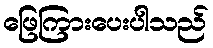
ဖြေကြားပေးပါသည်